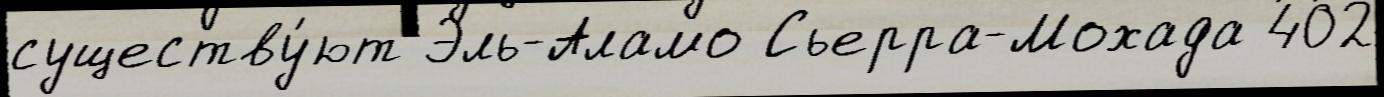
существу́ют Эль-Аламо Сьерра-Мохада 402